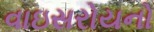
વાઇસરોયનો